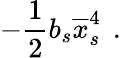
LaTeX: -\frac{1}{2}b_{s}\overline{{x}}_{s\, }^{4}\; .